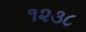
૧૨૩૮